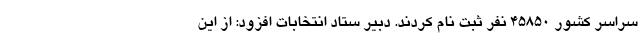
سراسر کشور ۴۵۸۵۰ نفر ثبت نام کردند. دبیر ستاد انتخابات افزود: از این